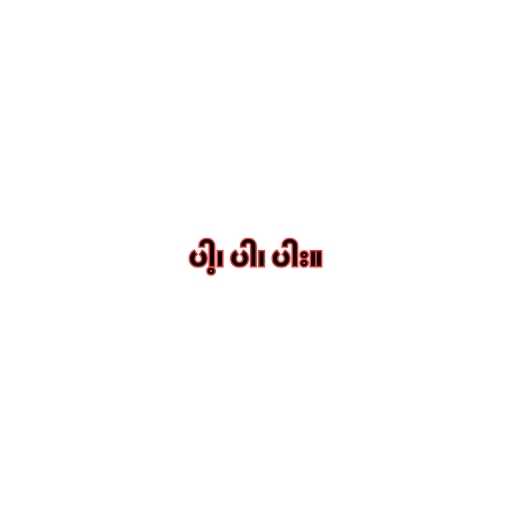
ပါ့၊ ပါ၊ ပါး။